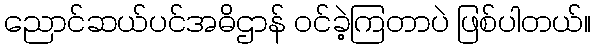
ညောင်ဆယ်ပင်အဓိဌာန် ဝင်ခဲ့ကြတာပဲ ဖြစ်ပါတယ်။